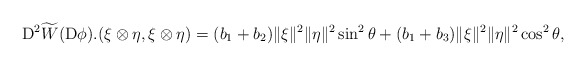
\begin{align*}{\rm D}^2\widetilde{W}({\rm D}\phi).(\xi\otimes\eta,\xi\otimes\eta)=(b_1 +b_2)\|\xi\|^2\|\eta\|^2 \sin^2\theta+(b_1 +b_3)\|\xi\|^2\|\eta\|^2\cos^2\theta,\end{align*}